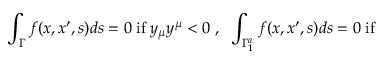
\int _ { \Gamma } f ( x , x ^ { \prime } , s ) d s = 0 \; \mathrm { i f } \; y _ { \mu } y ^ { \mu } < 0 \; , \; \; \int _ { \Gamma _ { 1 } ^ { a } } f ( x , x ^ { \prime } , s ) d s = 0 \; \mathrm { i f }